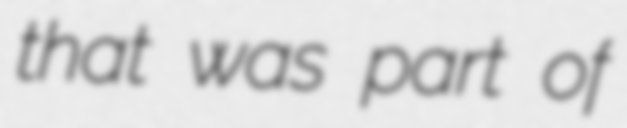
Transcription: that was part of